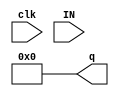
module ALUout(input clk,input [15:0] IN , output reg [15:0] q);
assign q = 16'b0;
	always @(posedge clk) begin
			q = IN;
	end
endmodule